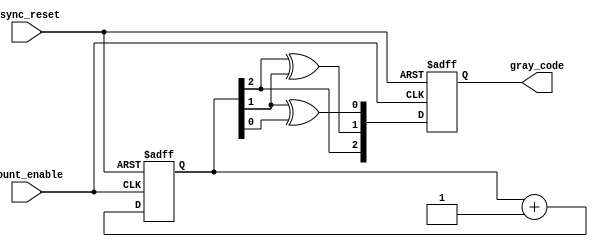
module gray_code_async_counter (
    input wire count_enable,         // Asynchronous count enable signal
    input wire async_reset,          // Asynchronous reset signal
    output reg [2:0] gray_code       // 3-bit Gray code output
);

// Internal signal for current binary count
reg [2:0] binary_count;

always @(posedge count_enable or posedge async_reset) begin
    if (async_reset) begin
        // Reset to 000 in Gray code, which is 0 in binary
        binary_count <= 3'b000;
        gray_code <= 3'b000; // Reset Gray code
    end else begin
        // Increment binary count
        binary_count <= binary_count + 1;

        // Convert binary count to Gray code
        gray_code[2] <= binary_count[2]; // MSB of Gray code = MSB of binary count
        gray_code[1] <= binary_count[2] ^ binary_count[1]; // G1 = B2 XOR B1
        gray_code[0] <= binary_count[1] ^ binary_count[0]; // G0 = B1 XOR B0
    end
end

endmodule